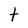
Character: t